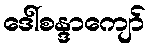
ဒေါ်စန္ဒာကျော်